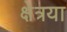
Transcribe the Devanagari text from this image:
क्षेत्रया